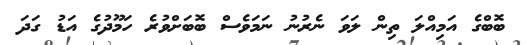
ބޮބްގެ އަމިއްލަ ތިން ލަވަ ނެރުނު ނަމަވެސް ބޮބަށްވުރެ ހަމޫދުގެ އަޑު ގަދަ